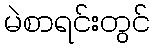
မဲစာရင်းတွင်